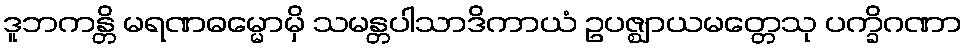
ဒူဘကန္တိ မရဏဓမ္မောမှိ သမန္တပါသာဒိကာယံ ဥပဇ္ဈာယမတ္တေသု ပက္ခိဂဏာ